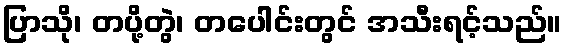
ပြာသို၊ တပို့တွဲ၊ တပေါင်းတွင် အသီးရင့်သည်။